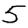
Digit: 5